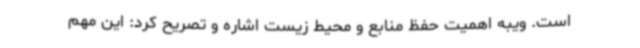
است. ویبه اهمیت حفظ منابع و محیط زیست اشاره و تصریح کرد: این مهم